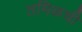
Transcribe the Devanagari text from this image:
तमिळची